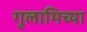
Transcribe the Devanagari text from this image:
गुलामिच्या